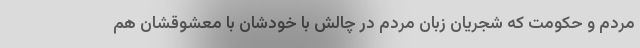
مردم و حکومت که شجریان زبان مردم در چالش با خودشان با معشوقشان هم